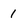
Character: 1